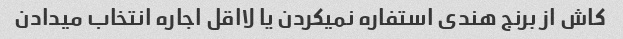
کاش از برنج هندی استفاره نمیکردن یا لااقل اجاره انتخاب میدادن